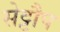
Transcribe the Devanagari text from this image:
सेट्टौप